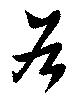
谷